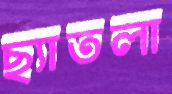
ছ্যাতলা